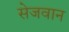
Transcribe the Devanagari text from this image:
सेजवान